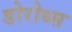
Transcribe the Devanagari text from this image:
डोरोथ्स